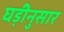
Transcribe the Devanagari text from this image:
घड़ीनुसार